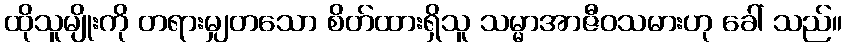
ထိုသူမျိုးကို တရားမျှတသော စိတ်ထားရှိသူ သမ္မာအာဇီဝသမားဟု ခေါ် သည်။